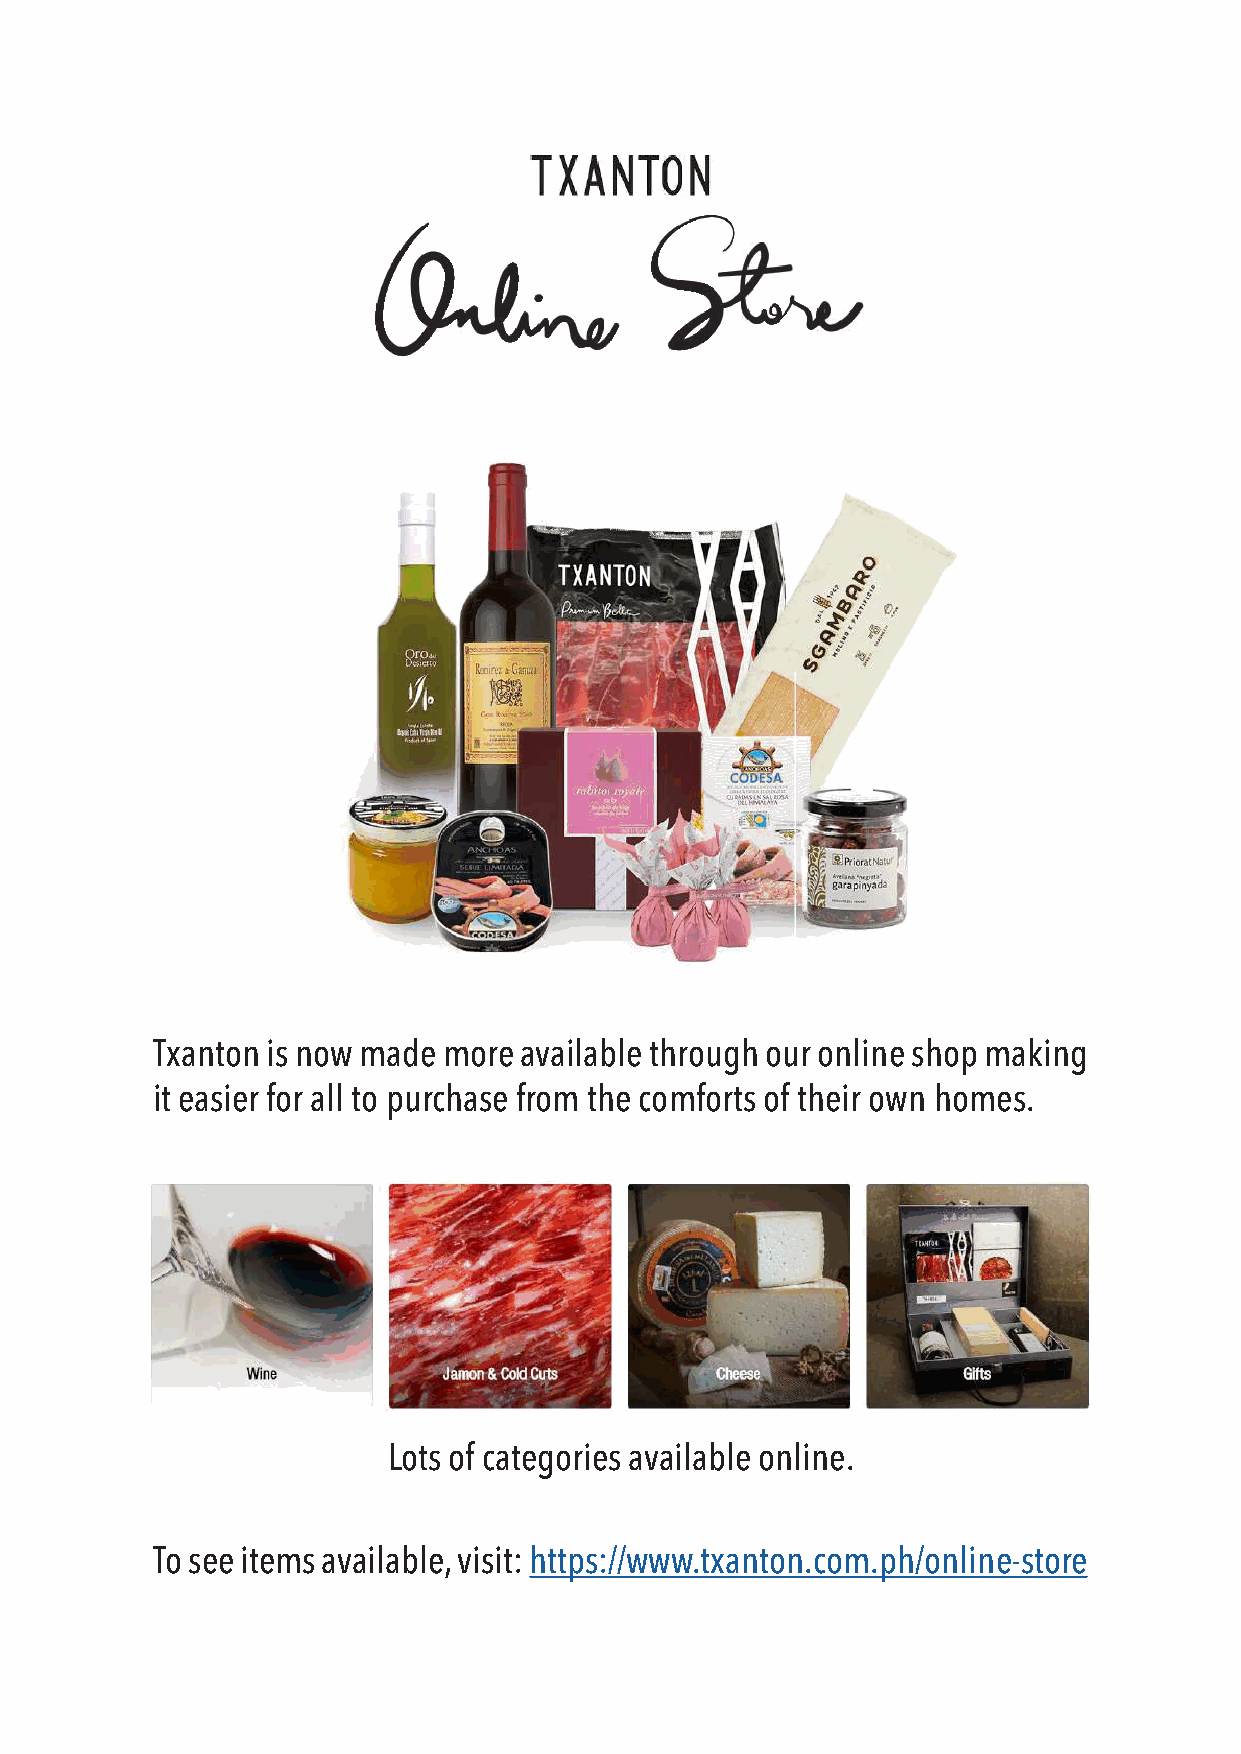
Txanton is now made more available through our online shop making
 it easier for all to purchase from the comforts of their own homes.
 Lots of categories available online.
 To see items available, visit: https://www.txanton.com.ph/online-store